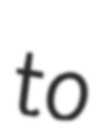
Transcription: to